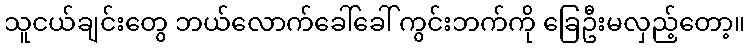
သူငယ်ချင်းတွေ ဘယ်လောက်ခေါ်ခေါ် ကွင်းဘက်ကို ခြေဦးမလှည့်တော့။